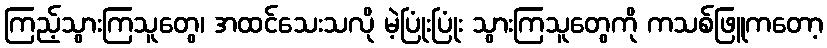
ကြည့်သွားကြသူတွေ၊ အထင်သေးသလို မဲ့ပြုံးပြုံး သွားကြသူတွေကို ကသစ်ဖြူကတော့